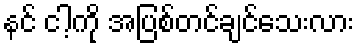
နင် ငါ့ကို အပြစ်တင်ချင်သေးလား